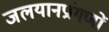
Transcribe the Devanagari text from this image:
जलयानप्रांगणों